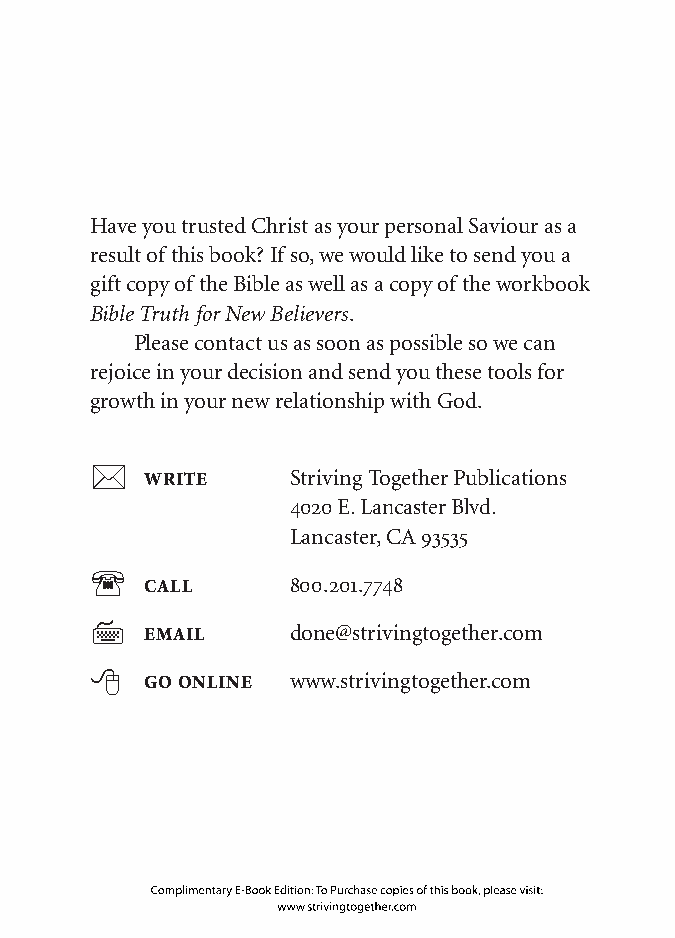
Have you trusted Christ as your personal Saviour as a
 result of this book? If so, we would like to send you a
 gift copy of the Bible as well as a copy of the workbook
 Bible Truth for New Believers.
 Please contact us as soon as possible so we can
 rejoice in your decision and send you these tools for
 growth in your new relationship with God.
 *   Write    Striving Together Publications
 4020 E. Lancaster Blvd.
 Lancaster, CA 93535
 Call     800.201.7748
 7   email    done@strivingtogether.com
 8   Go online www.strivingtogether.com
 Complimentary E-Book Edition: To Purchase copies of this book, please visit:
 www.strivingtogether.com